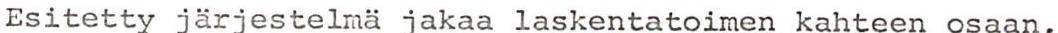
Esitetty järjestelmä jakaa laskentatoimen kahteen osaan,